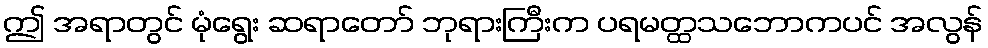
ဤ အရာတွင် မုံရွေး ဆရာတော် ဘုရားကြီးက ပရမတ္ထသဘောကပင် အလွန်